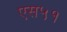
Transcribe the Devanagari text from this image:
एस५१